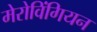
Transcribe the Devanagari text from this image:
मेरोविंगियन